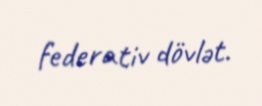
federativ dövlət.